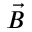
\vec { B }